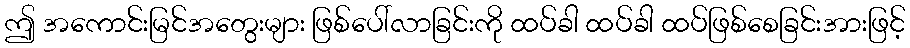
ဤ အကောင်းမြင်အတွေးများ ဖြစ်ပေါ်လာခြင်းကို ထပ်ခါ ထပ်ခါ ထပ်ဖြစ်စေခြင်းအားဖြင့်